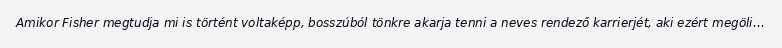
Amikor Fisher megtudja mi is történt voltaképp, bosszúból tönkre akarja tenni a neves rendező karrierjét, aki ezért megöli…